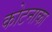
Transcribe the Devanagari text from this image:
कोटनाका